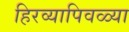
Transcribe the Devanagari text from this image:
हिरव्यापिवळ्या